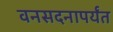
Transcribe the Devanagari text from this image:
वनसदनापर्यंत